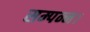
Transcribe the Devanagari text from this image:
सम्पन्न।